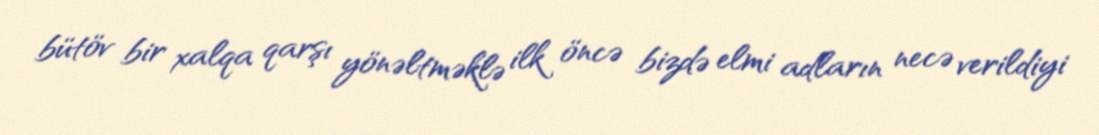
bütöv bir xalqa qarşı yönəltməklə ilk öncə bizdə elmi adların necə verildiyi